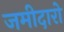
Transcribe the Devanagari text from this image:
जमीदारो